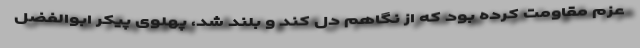
عزم مقاومت کرده بود که از نگاهم دل کَند و بلند شد، پهلوی پیکر ابوالفضل